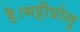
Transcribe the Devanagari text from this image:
है।भट्टीप्रोलु